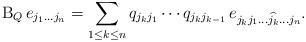
LaTeX: \begin{align*}{\textrm{B}_Q}\,e_{j_{1}\dots j_{n}}=\sum_{1\le k\le n} q_{j_{k}j_{1}}\cdots q_{j_{k}j_{k-1}}\,e_{j_{k}j_{1}\dots \widehat{j_{k}}\dots j_{n}}.\end{align*}